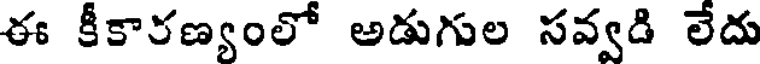
ఈ కీకారణ్యంలో అడుగుల సవ్వడి లేదు